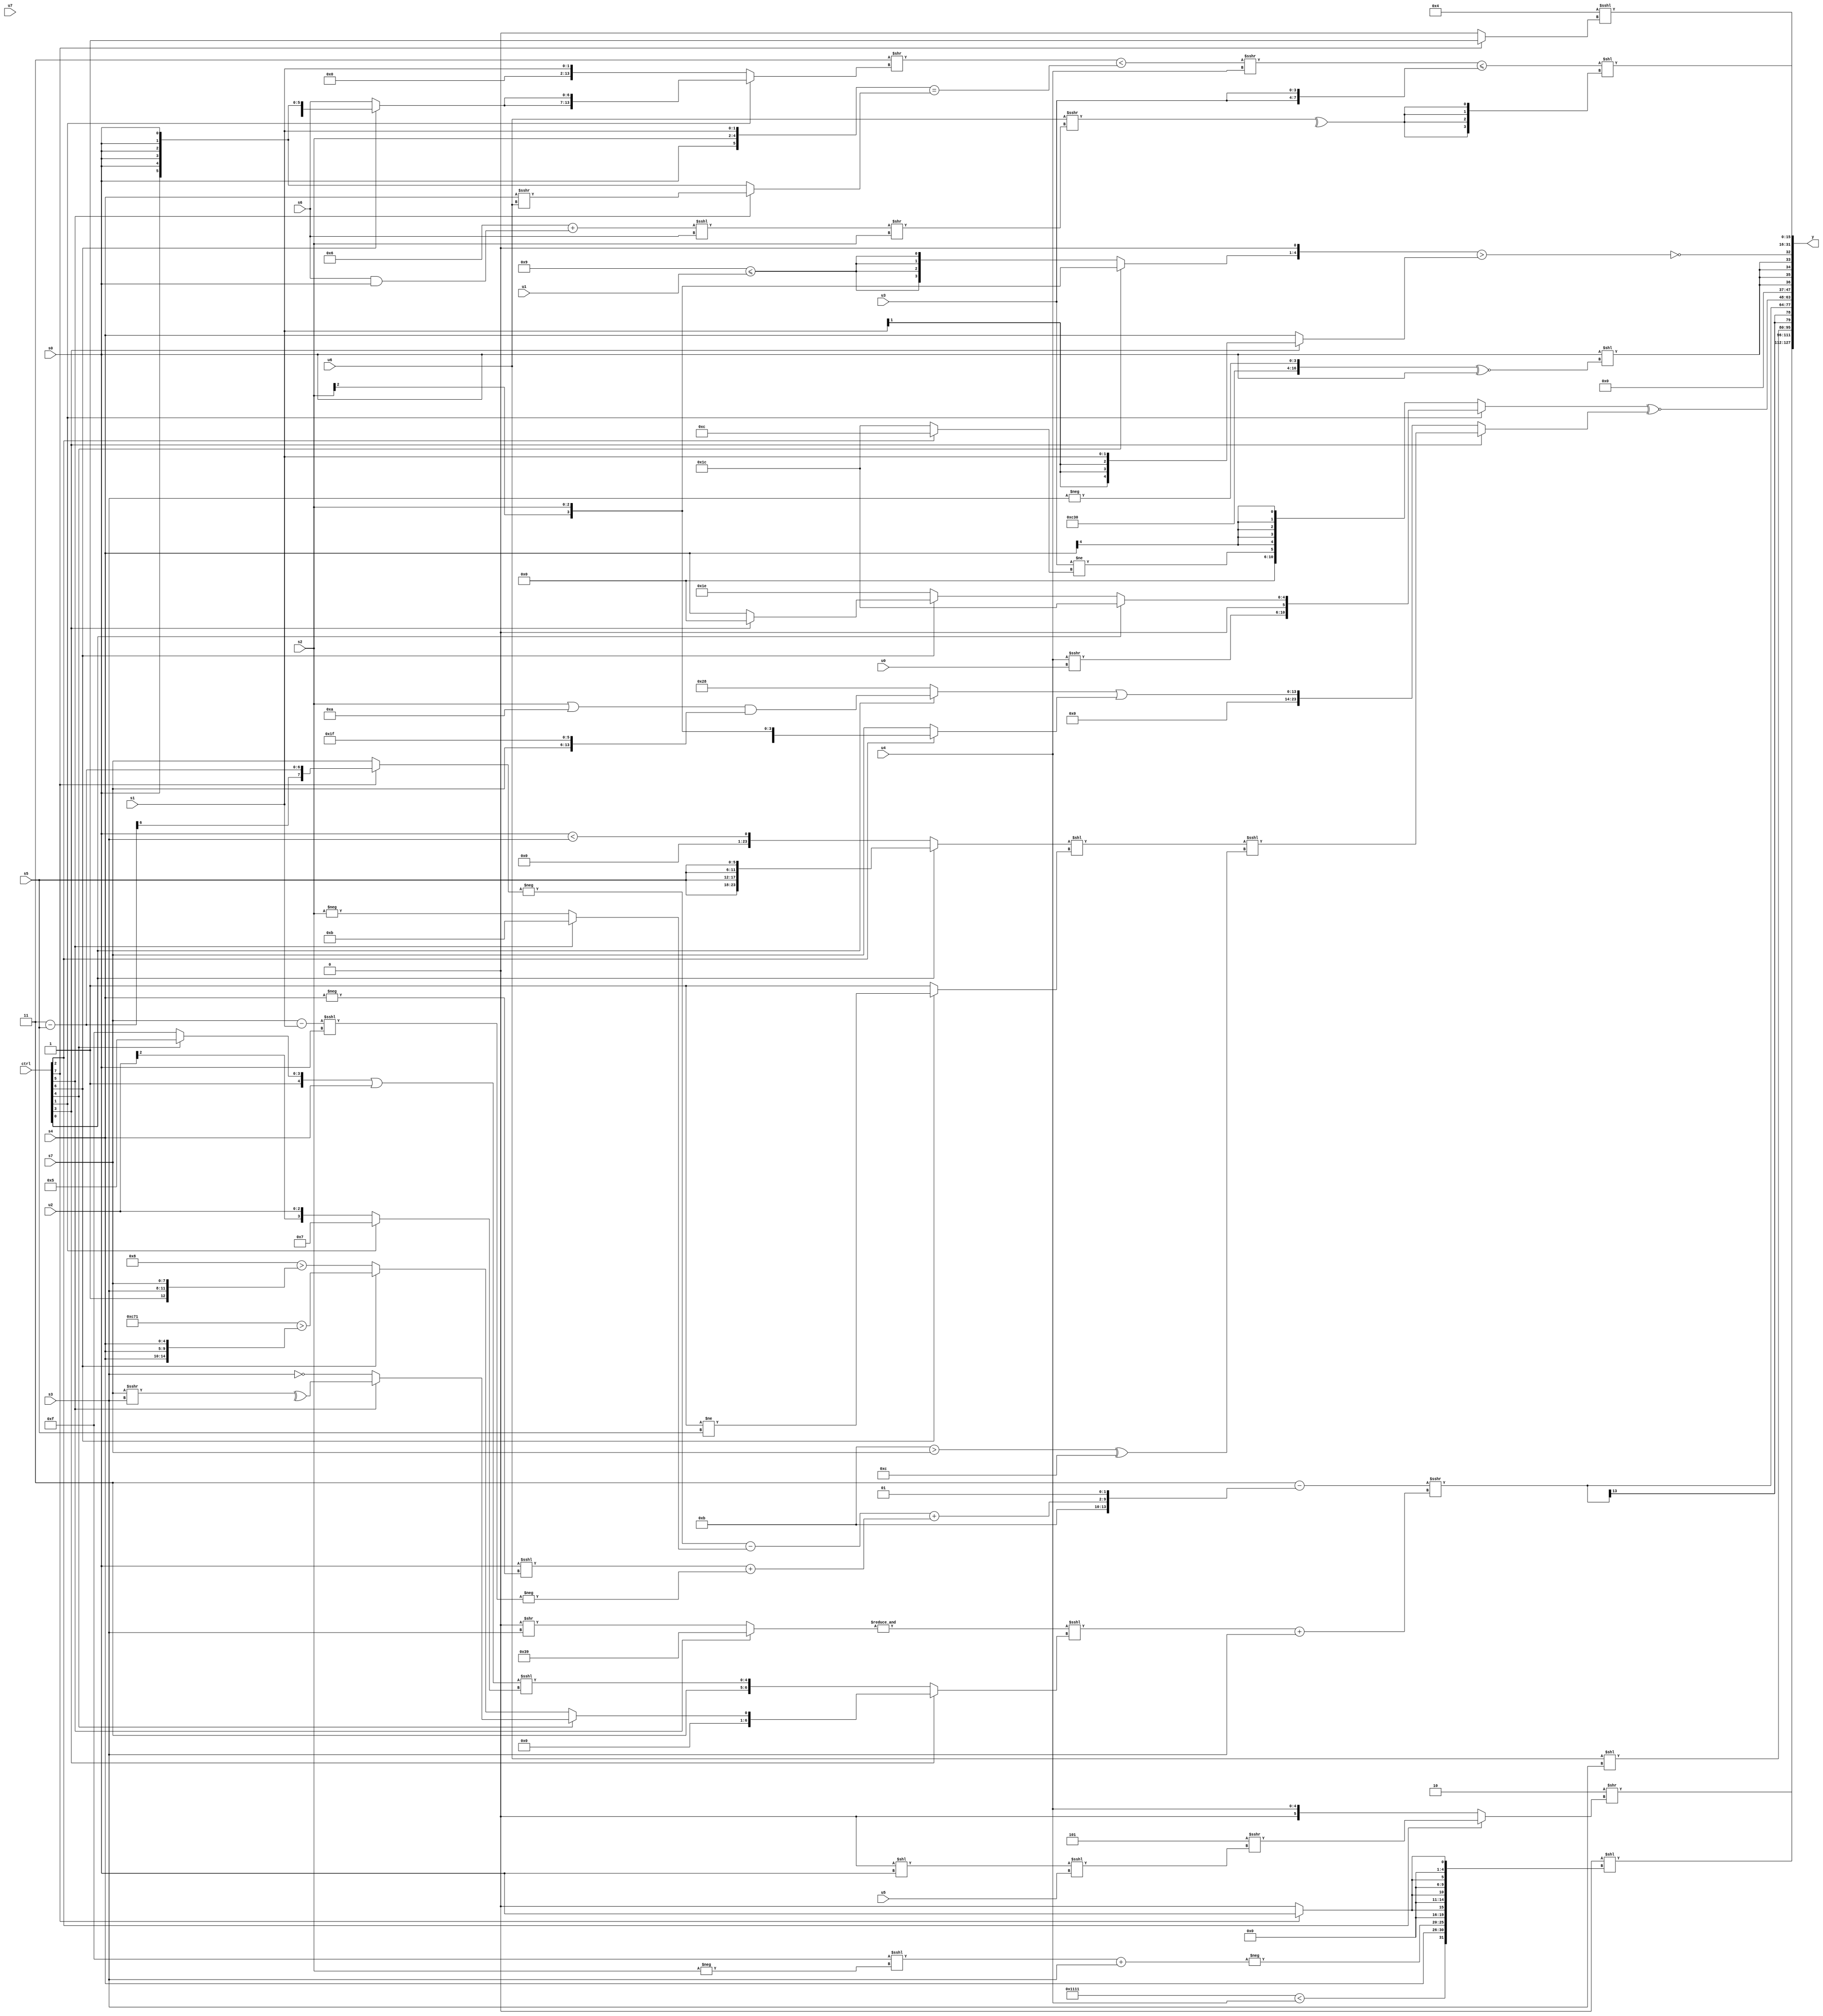
module wideexpr_00317(ctrl, u0, u1, u2, u3, u4, u5, u6, u7, s0, s1, s2, s3, s4, s5, s6, s7, y);
  input [7:0] ctrl;
  input [0:0] u0;
  input [1:0] u1;
  input [2:0] u2;
  input [3:0] u3;
  input [4:0] u4;
  input [5:0] u5;
  input [6:0] u6;
  input [7:0] u7;
  input signed [0:0] s0;
  input signed [1:0] s1;
  input signed [2:0] s2;
  input signed [3:0] s3;
  input signed [4:0] s4;
  input signed [5:0] s5;
  input signed [6:0] s6;
  input signed [7:0] s7;
  output [127:0] y;
  wire [15:0] y0;
  wire [15:0] y1;
  wire [15:0] y2;
  wire [15:0] y3;
  wire [15:0] y4;
  wire [15:0] y5;
  wire [15:0] y6;
  wire [15:0] y7;
  assign y = {y0,y1,y2,y3,y4,y5,y6,y7};
  assign y0 = (2'sb10)>>($signed((ctrl[2]?$signed((6'sb111101)>>>(((4'sb0000)<<(s0))<<<({u5}))):u4)));
  assign y1 = ((+(+(~(((ctrl[5]?(1'sb0)>=(5'sb01001):(5'b00001)<<<(s5)))<<<(5'sb10111)))))^~(+(2'sb00)))<<({({4{4'b0001}})<(u4),$unsigned(s4),$signed(-(((+($unsigned(6'sb001111)))<<<(-(s2)))+(s3))),{4{((5'sb00010)<<({4{6'sb000011}}))^((ctrl[7]?s0:-({(5'b10110)==(6'b100011)})))}}});
  assign y2 = (u6)<<(s3);
  assign y3 = $signed((($signed(3'sb011))-({4'sb1011,((-((ctrl[7]?(2'b11)-(s5):s7)))-((ctrl[5]?4'sb1011:(-(s2))>>>(1'sb0))))+(($signed((s0)<<<(-(s4))))+(-(((s7)-(s1))<<<((s0)>>>(6'sb001000))))),!($signed(5'sb00100)),|(2'b11)}))>>>((($signed(&((ctrl[5]?-((5'sb01000)+(2'sb11)):((6'sb000110)<<(5'sb01101))>>(s3)))))<<<((ctrl[3]?(ctrl[4]?(ctrl[5]?^((s7)>>>(s3)):!(s3)):(ctrl[6]?({2{6'sb110001}})>({3{s4}}):(4'sb1000)>({4'sb0001,s3,s7}))):{6'sb000011,(((ctrl[4]?5'sb10101:2'sb11))|(+(s4)))<<<((ctrl[1]?4'sb0111:$signed(u2)))})))+(s3)));
  assign y4 = {1{((ctrl[1]?{($signed(u4))>>>($signed($unsigned(u0))),$signed($unsigned((2'sb01)<=(1'sb1))),(ctrl[0]?3'sb100:(ctrl[6]?(ctrl[3]?1'sb0:s4):$signed(2'b10)))}:{(u3)!=(((ctrl[2]?5'sb01100:6'sb011100))<<<((u1)<<(2'sb10))),+(+((s4)>>>(5'sb11011)))}))^~((ctrl[3]?(((ctrl[0]?{4{s5}}:(s0)<(s3)))<<((ctrl[6]?(2'sb11)!=(s5):(6'sb000101)>>(2'sb10))))<<<(((+(4'sb1011))>(s7))^(({3'sb011})-($signed(5'sb10111)))):((ctrl[0]?((s2)|(4'sb1010))&({s7,6'b011111}):6'sb101000))|($unsigned(((ctrl[2]?s2:s7))<<(~^(4'sb0100))))))}};
  assign y5 = {{4{(s0)<<(($signed({((ctrl[6]?2'b01:u3))>>($signed(4'b1101)),{2{6'sb110000}},-($signed(s3))}))^~(s0))}},~((+(((ctrl[4]?+((ctrl[4]?s2:1'sb0)):$signed((6'b001001)<=(u1))))<<(3'sb001)))>($signed((ctrl[3]?s1:s4))))};
  assign y6 = (4'sb0100)<<<((ctrl[7]?2'sb01:1'sb0));
  assign y7 = (((((~($signed($signed(4'sb1100))))>>((ctrl[1]?{2{(ctrl[6]?s0:s6)}}:s1)))<({($signed({s0,s2,s1}))==((ctrl[5]?(s4)>>>(u6):+(s0)))}))>>>(u4))<=({2{u3}}))<<({4{^((u6)>>>(((($signed(4'sb0110))+((s6)&(s0)))<<<(s6))>>(s2)))}});
endmodule